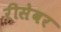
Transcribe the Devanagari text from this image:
रीसेवर